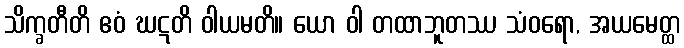
သိက္ခတီတိ ဧဝံ ဃဋတိ ဝါယမတိ။ ယော ဝါ တထာဘူတဿ သံဝရော, အယမေတ္ထ